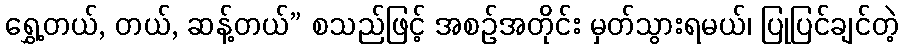
ရွှေ့တယ်, တယ်, ဆန့်တယ်” စသည်ဖြင့် အစဉ်အတိုင်း မှတ်သွားရမယ်၊ ပြုပြင်ချင်တဲ့